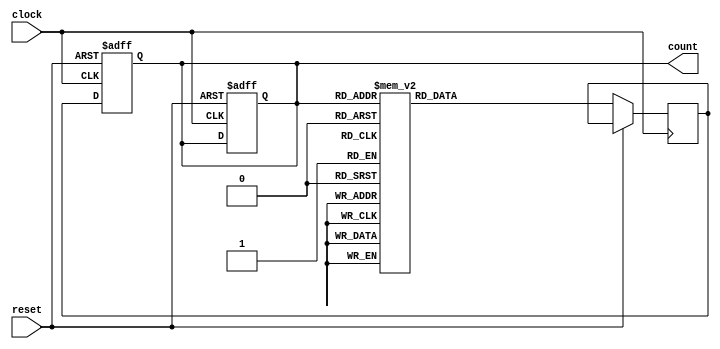
module bcd_counter(
    input clock,
    input reset,
    output reg [3:0] count
);

reg [3:0] next_count;

always @ (posedge clock or posedge reset) begin
    if (reset) begin
        count <= 4'b0000;
    end else begin
        case (count)
            4'b0000: next_count <= 4'b0001;
            4'b0001: next_count <= 4'b0010;
            4'b0010: next_count <= 4'b0011;
            4'b0011: next_count <= 4'b0100;
            4'b0100: next_count <= 4'b0101;
            4'b0101: next_count <= 4'b0110;
            4'b0110: next_count <= 4'b0111;
            4'b0111: next_count <= 4'b1000;
            4'b1000: next_count <= 4'b1001;
            4'b1001: next_count <= 4'b0000;
            default: next_count <= 4'b0000;
        endcase
    end
end

always @ (posedge clock or posedge reset) begin
    if (reset) begin
        count <= 4'b0000;
    end else begin
        count <= next_count;
    end
end

endmodule